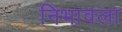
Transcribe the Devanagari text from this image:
निभावला